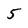
Character: 5